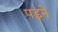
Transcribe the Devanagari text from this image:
पड़्ने